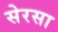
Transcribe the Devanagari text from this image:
सेरसा